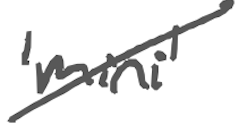
Text: 'mini'
Cross-out: diagonal
Writing tool: digital_gray